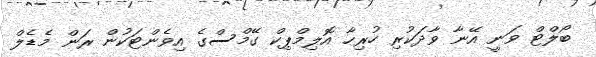
ބޯލްޓް ވަނީ އޭނާ ވާދަކުރި ހުރިހާ އޮލިމްޕިކް ގޭމްސްގެ އިވެންޓަކުން ރަން މެޑެލް